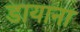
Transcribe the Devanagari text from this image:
डायाना